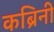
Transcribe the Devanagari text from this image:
कब्रिनी